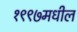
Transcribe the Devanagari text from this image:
१९९७मधील